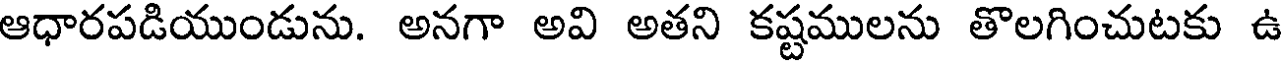
ఆధారపడియుండును. అనగా అవి అతని కష్టములను తొలగించుటకు ఉ